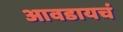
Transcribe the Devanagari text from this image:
आवडायचं